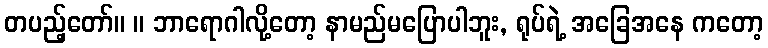
တပည့်တော်။ ။ ဘာရောဂါလို့တော့ နာမည်မပြောပါဘူး, ရုပ်ရဲ့ အခြေအနေ ကတော့